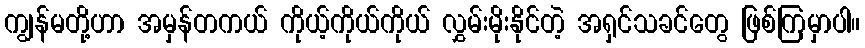
ကျွန်မတို့ဟာ အမှန်တကယ် ကိုယ့်ကိုယ်ကိုယ် လွှမ်းမိုးနိုင်တဲ့ အရှင်သခင်တွေ ဖြစ်ကြမှာပါ။